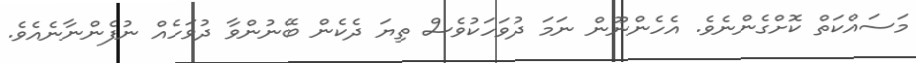
މަސައްކަތް ކޮށްގެންނެވެ. އެހެންނޫން ނަމަ ދުވަހަކުވެސް ތިޔަ ދެކެން ބޭނުންވާ ދުވަހެއް ނުފެންނާނެއެވެ.